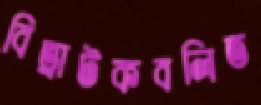
বিভ্রাটকবলিত